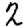
Digit: 2